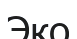
Эко